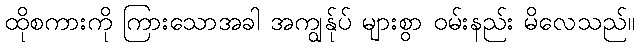
ထိုစကားကို ကြားသောအခါ အကျွန်ုပ် များစွာ ဝမ်းနည်း မိလေသည်။